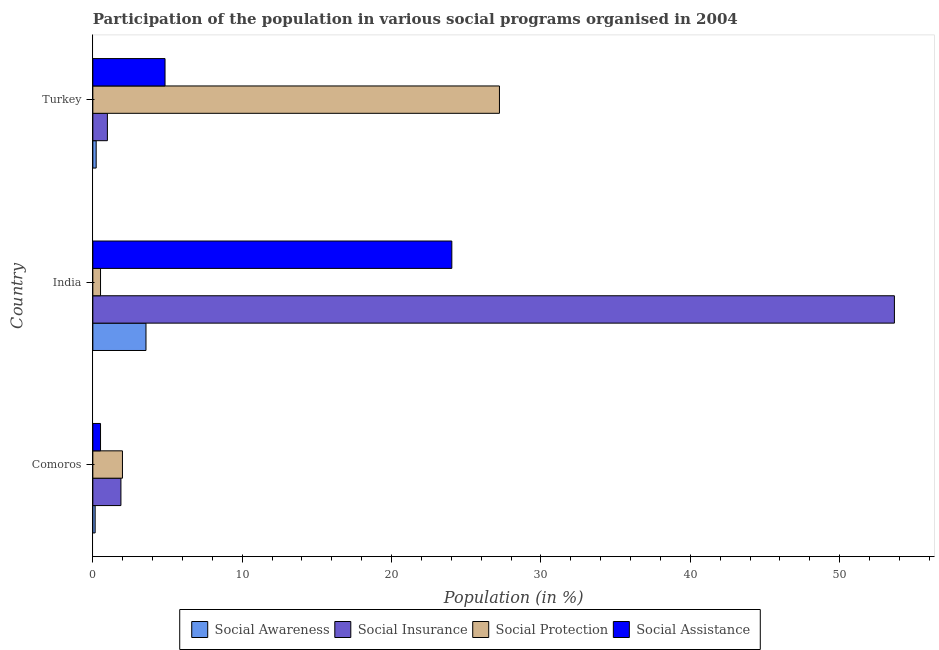
| Country | Social Awareness | Social Insurance | Social Protection | Social Assistance |
 | --- | --- | --- | --- | --- |
 | Comoros | 0.154 | 1.88 | 1.98 | 0.514 |
 | India | 3.56 | 53.7 | 0.514 | 24 |
 | Turkey | 0.223 | 0.974 | 27.2 | 4.83 |